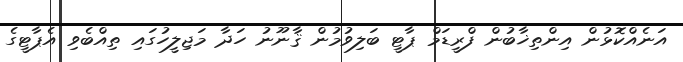
އަނެއްކޮޅުން އިންތިޚާބުން ފްރީޑަމް ޕާޓީ ބަލިވުމުން ޤާނޫނު ހަދާ މަޖިލީހުގައި ތިއްބެވި އެޕާޓީގެ